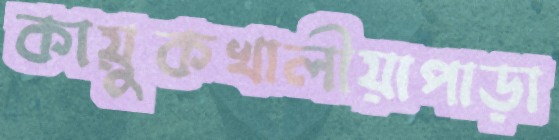
কায়ুকখালীয়াপাড়া